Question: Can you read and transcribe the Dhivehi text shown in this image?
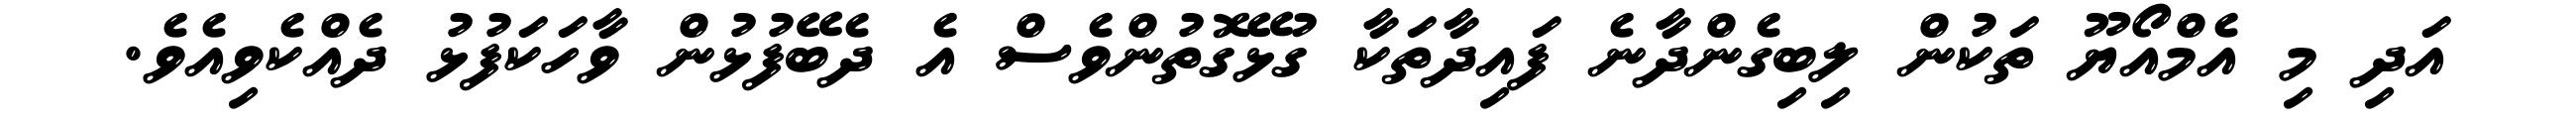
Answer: އަދި މި އެމްއޯޔޫ ތަކުން ލިބިގެންދާނެ ފައިދާތަކާ ގުޅޭގޮތުންވެސް އެ ދެބޭފުޅުން ވާހަކަފުޅު ދެއްކެވިއެވެ.